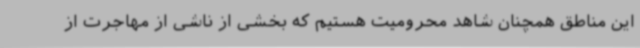
این مناطق همچنان شاهد محرومیت هستیم که بخشی از ناشی از مهاجرت از